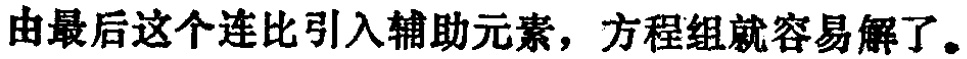
由最后这个连比引入辅助元素，方程组就容易解了。